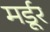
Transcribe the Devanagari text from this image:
मर्डूर